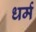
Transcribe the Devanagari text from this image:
ध्‍ार्म